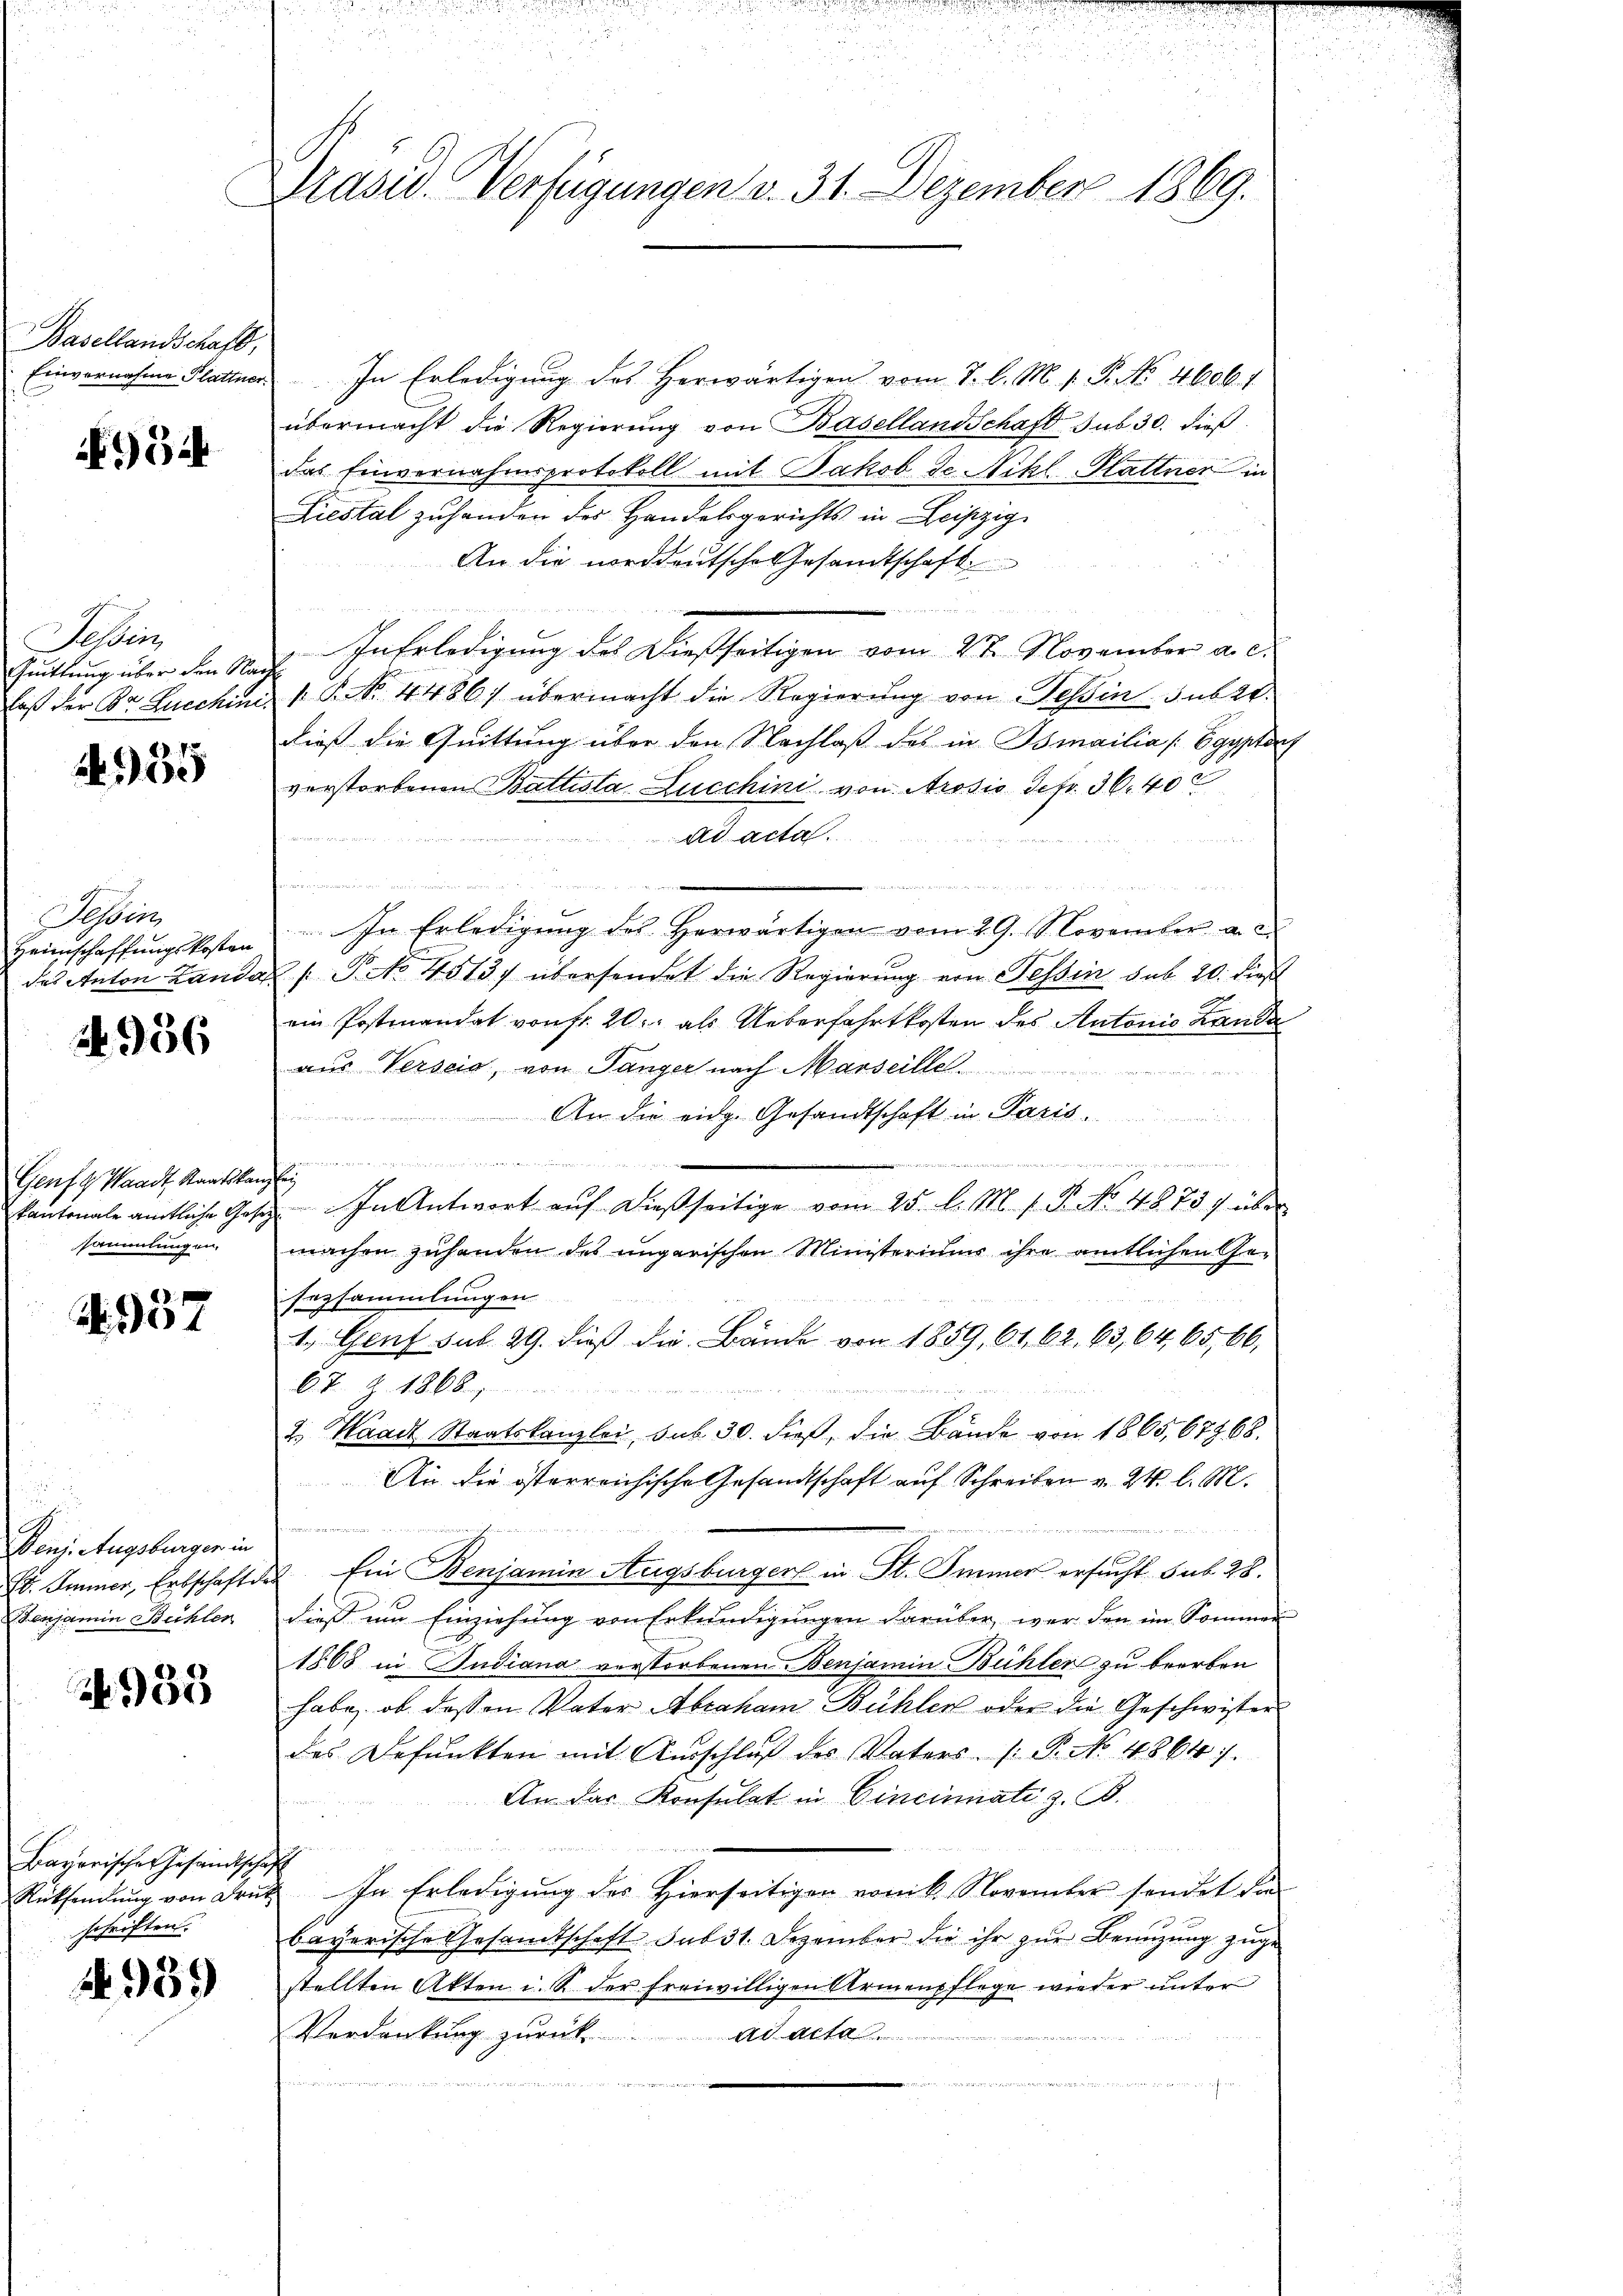
Basellandschaft,
Einvernahme Plattner

54

Tessin
Quittung über den Nach

88. 1
00

Tessin
Heimschaffungskosten
das Anton Lande

N 956

Genf 9 Waadt, Staatskanzlei
sammlungen.

N. 937

Denz. Augsburger in
Benjamin Bühler

953

Bayerisches Gesandtschaft
schriften.

2939

Pasiv. Verfügungen v. 31. Dezember 1869.

In Erledigung des Herwärtigen vom 7. l. M. v. P. No. 4606. 1
übermacht die Regierung von Basellandschaft sub 30. dieß
das Einvernahmsprotokoll mit Jakob de Nikl. Plattner in
Liestal zuhanden der Handelsgerichts in Leipzig
An die norddeutsche Gesandtschaft

In Erledigung des Dießseitigen vom 2ten November a. c.
laß der Dr. Lucchini  P. Nr. 4486) übermacht die Regierung von Tessin sub 21.
dieß die Quittung über den Nachlaß des in Osmailia [Egypter
verstorbenen Battista Lucchini von Arosis defr. 36. 402
ad acta.

.
n
.
n
In Erledigung des Herwärtigen vom 29. S. Covember a. c.
A P No 4513) übersendet die Regierung von Tessin sub 20. dieß
ein Postmandat von fr. 20. als Ueberfahrtkosten des Antonio Lande
aus Verseid, von Tanger nach Marseille
An die eidg. Gesandtschaft in Paris.

d
kantonale amtliche Gesetz. In Antwort aŭf dießseitige vom 25. l. M. 1. P. No. 4873 über
machen zuhanden des ungarischen Ministeriums ihre amtlichen Ge-
Enzsammlungen
1. Genf sub. 29. dieß die Bände von 1859, 61, 62. 63, 64, 65, 66,
67 § 1868.
2. Waadt Staatskanzlei, sub 30. dieß, die Bände von 1865,67968.
An die österreichische Gesandtschaft auf Schreiben v. 24. l. M.
t
E. Immer, Erbschaft des Ein Benjamin Augsburgers in St. Immer ersucht sub. 28.
dieß um Einziehung von Erkundigungen darüber, war den im Sommen
1868 in Budiana verstorbenen Benjamin-Bühler zu beerben
habe, ob dessen Vater Abraham Bühler oder die Geschwister
des Befunkten mit Ausschluß des Vaters P. No. 48647.
An das Konsulat in Cincinati z. B.

u
Rücksendŭng von Drŭt. In Erledigŭng des hierseitigen vonik. November sendet die
bayerische Gesandtschaft sub 31. Dezember die ihr zur Beenzung zuge-
stellten Akten i. S. der freiwilligen Armenpflege wieder unter
Verdankung zurück
Ad Acta
n
n
 eine ander